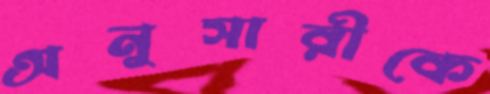
অনুসারীকে